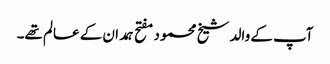
آپ کے والد شیخ محمود مفتح ہمدان کے عالم تھے۔